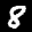
Label: 8